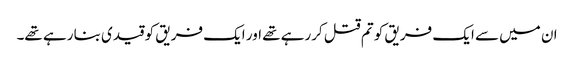
ان میں سے ایک فریق کو تم قتل کررہے تھے اور ایک فریق کو قیدی بنا رہے تھے۔